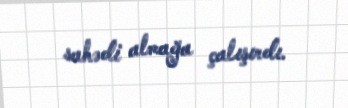
sahədi almağa çalışırdı.